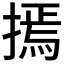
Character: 𢳃